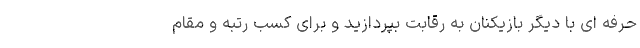
حرفه ای با دیگر بازیکنان به رقابت بپردازید و برای کسب رتبه و مقام